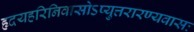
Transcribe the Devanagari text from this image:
हृदयहरिनिवासोऽप्युत्तरारण्यवासः